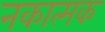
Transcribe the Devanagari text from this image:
नकात्मक